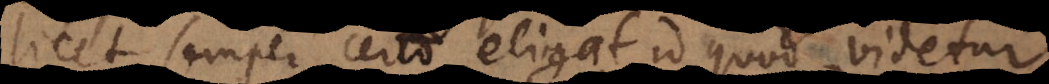
licet semper certo eligat id quod videtur